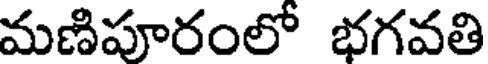
మణిపూరంలో భగవతి